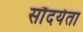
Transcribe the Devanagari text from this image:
सौंदर्यता